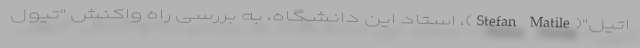
اتیل"(Stefan Matile)، استاد این دانشگاه، به بررسی راه واکنش "تیول